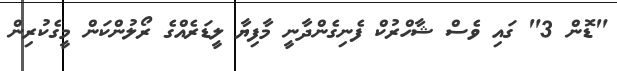
"ޑޮން 3" ގައި ވެސް ޝާހްރުކް ފެނިގެންދާނީ މާފިޔާ ލީޑަރެއްގެ ރޯލުންކަން މީގެކުރިން